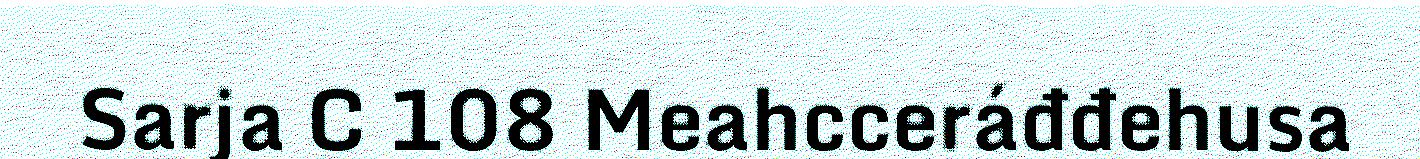
Sarja C 108 Meahcceráđđehusa